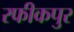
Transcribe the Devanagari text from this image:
रफीकपुर